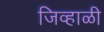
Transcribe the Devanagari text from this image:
जिव्हाळी